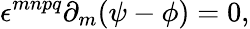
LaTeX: \epsilon^{mnpq}\partial_{m}(\psi-\phi)=0,